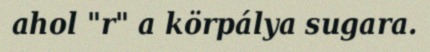
ahol "r" a körpálya sugara.